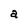
Character: a